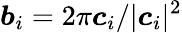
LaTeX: \boldsymbol b_{i}=2\pi\boldsymbol c_{i}/|\boldsymbol c_{i}|^{2}